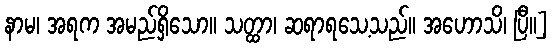
နာမ၊ အရက အမည်ရှိသော။ သတ္ထာ၊ ဆရာရသေ့သည်။ အဟောသိ၊ ပြီ။]